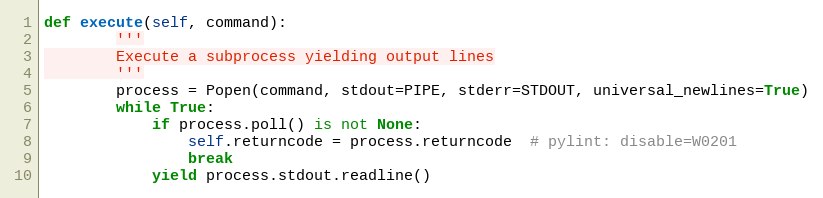
Language: Python
def execute(self, command):
        '''
        Execute a subprocess yielding output lines
        '''
        process = Popen(command, stdout=PIPE, stderr=STDOUT, universal_newlines=True)
        while True:
            if process.poll() is not None:
                self.returncode = process.returncode  # pylint: disable=W0201
                break
            yield process.stdout.readline()